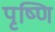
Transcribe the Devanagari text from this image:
पृष्णि